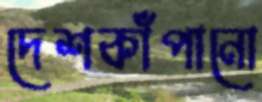
দেশকাঁপানো